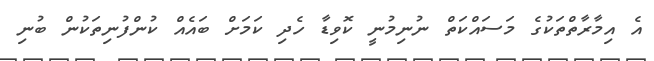
އެ އިމާރާތްތަކުގެ މަސައްކަތް ނުނިމުނީ ކޮވިޑާ ހެދި ކަމަށް ބައެއް ކުންފުނިތަކުން ބުނި